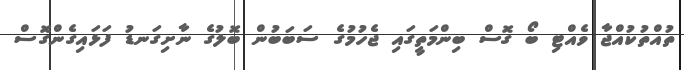
ތުއްތުކުއްޖާ ވެއްޓި ބޯ ގޮސް ބިންމަތީގައި ޖެހުމުގެ ސަބަބުން ބޮލުގެ ނާށިގަނޑު ފަޅައިގެންގޮސް